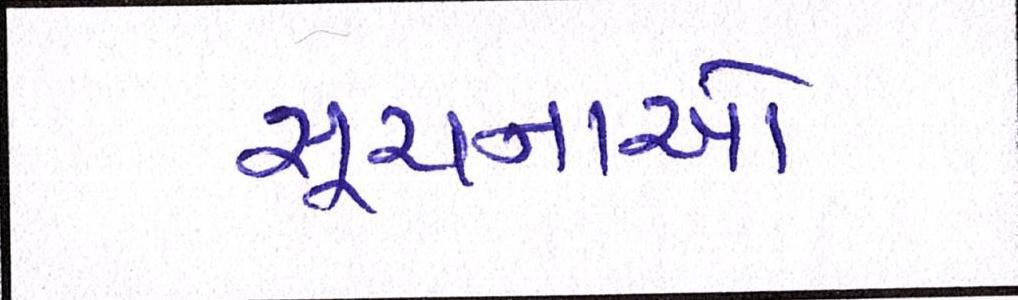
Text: સૂચનાઓ